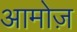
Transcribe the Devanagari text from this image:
आमोज़